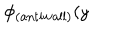
\phi _ { \mathrm { ( a n t i w a l l ) } } ( y